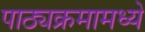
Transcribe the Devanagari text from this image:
पाठ्यक्रमामध्ये